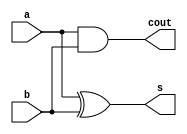
module half_adder(s,cout,a,b);
input a,b;
output s,cout;
xor(s,a,b);
and(cout,a,b);
endmodule
module full_adder(s,cout,a,b,cin);
input a,b,cin;
output s,cout;
wire s1,cout1,cout2;
half_adder h1(s1,cout1,a,b);
half_adder h2(s,cout2,s1,cin);
or(cout,cout1,cout2);
endmodule
module Four_bit_full_adder(s,cout,a,b,cin);
input [3:0]a,b;
input cin;
output [3:0]s;
output cout;
wire [2:0]c;
full_adder f0(s[0],c[0],a[0],b[0],cin);
full_adder f1(s[1],c[1],a[1],b[1],c[0]);
full_adder f2(s[2],c[2],a[2],b[2],c[1]);
full_adder f3(s[3],cout,a[3],b[3],c[2]);
endmodule
module Four_bit_adder_substractor(s,cout,a,b,cin);
input [3:0]a,b;
input cin;
output [3:0]s;
output cout;
wire [3:0]w;


xor(w[0],b[0],cin);
xor(w[1],b[1],cin);
xor(w[2],b[2],cin);
xor(w[3],b[3],cin);
Four_bit_full_adder fbfa(s,cout,w,b,cin);
endmodule

module Four_bit_adder_substractor_tb;
reg [3:0]a,b;
reg cin;
wire [3:0]s;
wire cout;
Four_bit_adder_substractor fbfa(s,cout,a,b,cin);
initial begin
a=4'b0001; b=4'b0010; cin=1'b0; #50;
a=4'b0011; b=4'b0100; cin=1'b0; #50;
a=4'b0100; b=4'b0101; cin=1'b0; #50;
a=4'b0101; b=4'b0110; cin=1'b0; #50;

a=4'b1000; b=4'b0001; cin=1'b1; #50;
a=4'b0100; b=4'b0010; cin=1'b1; #50;
a=4'b1010; b=4'b0110; cin=1'b1; #50;
a=4'b0010; b=4'b1000; cin=1'b1; #50;
end endmodule